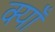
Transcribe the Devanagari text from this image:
क्याँ